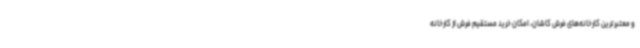
و معتبرترین کارخانه‌های فرش کاشان، امکان خرید مستقیم فرش از کارخانه